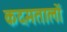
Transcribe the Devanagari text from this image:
कदमतालों